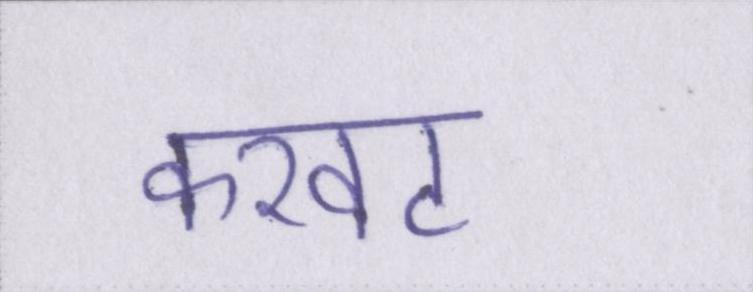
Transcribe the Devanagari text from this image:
करवट